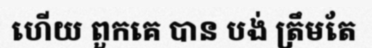
ហើយ ពួកគេ បាន បង់ ត្រឹមតែ